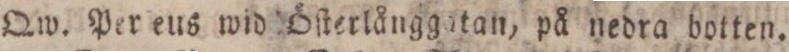
Qw. Per eus wid Öſterlånggatan, på nedra botten.